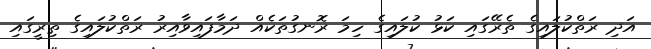
އަދި ރަތްކުލައިގެ ތެރޭގައި ކަޅު ކުލައިގެ ހިމަ ރޮނގުތަކެއް ދަމާފައިވާއިރު ރަތްކުލައިގެ ތިރީގައި